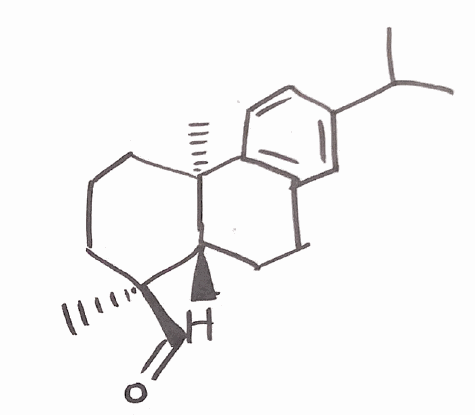
Simplified molecular-input line-entry system (SMILES) notation of the given molecule:
CC(C)C1=CC2=C(C=C1)[C@@]3(CCC[C@]([C@H]3CC2)(C)C=O)C